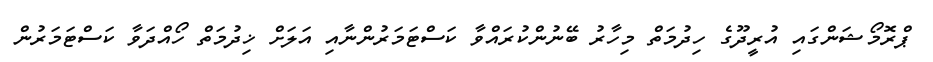
ޕްރޮމޯޝަންގައި އުރީދޫގެ ހިދުމަތް މިހާރު ބޭނުންކުރައްވާ ކަސްޓަމަރުންނާއި އަލަށް ޚިދުމަތް ހޯއްދަވާ ކަސްޓަމަރުން